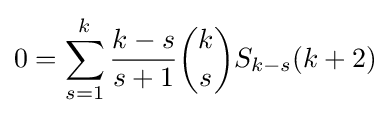
0=\sum _{s=1}^{k}{\frac {k-s}{s+1}}{\binom {k}{s}}S_{k-s}(k+2)